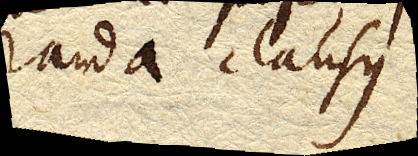
randa clausus.